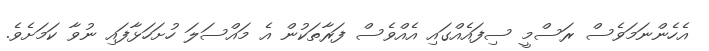
އެހެންނަމަވެސް ރަސްމީ ސިފައެއްގައި އެއްވެސް ފަރާތަކުން އެ މައްސަލަ ހުށަހަޅާފައި ނުވާ ކަމަށެވެ.